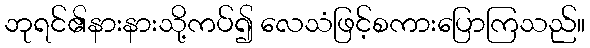
ဘုရင်၏နားနားသို့ကပ်၍ လေသံဖြင့်စကားပြောကြသည်။